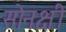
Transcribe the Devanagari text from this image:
सोनक्षी